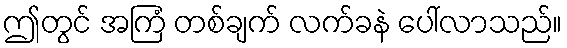
ဤတွင် အကြံ တစ်ချက် လက်ခနဲ ပေါ်လာသည်။